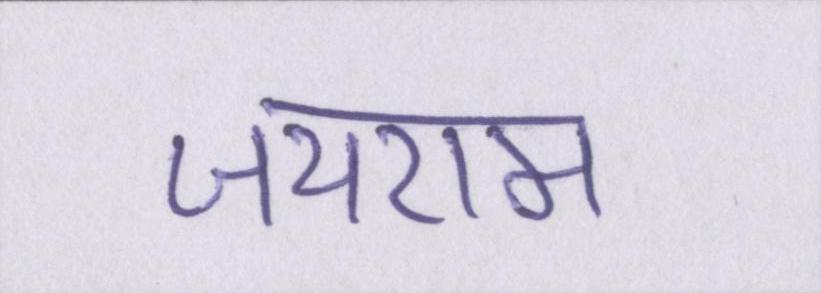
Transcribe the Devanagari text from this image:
जयराम